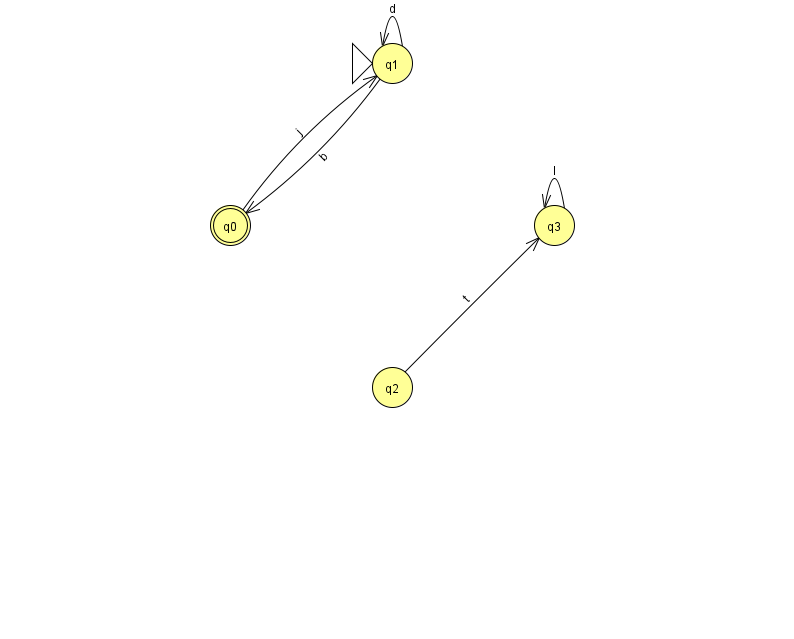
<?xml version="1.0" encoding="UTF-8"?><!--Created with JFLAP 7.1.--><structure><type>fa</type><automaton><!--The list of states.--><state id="0" name="q0"><x>230.0</x><y>212.0</y><final/></state><state id="1" name="q1"><x>392.0</x><y>50.0</y><initial/></state><state id="2" name="q2"><x>392.0</x><y>374.0</y></state><state id="3" name="q3"><x>554.0</x><y>212.0</y></state><!--The list of transitions.--><transition><from>1</from><to>1</to><read>d</read></transition><transition><from>1</from><to>0</to><read>b</read></transition><transition><from>2</from><to>3</to><read>t</read></transition><transition><from>3</from><to>3</to><read>l</read></transition><transition><from>0</from><to>1</to><read>j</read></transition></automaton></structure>